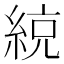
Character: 綂